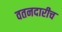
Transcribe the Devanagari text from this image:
वतनदारीच